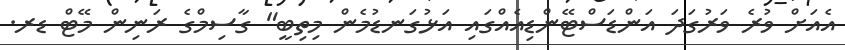
އެއަށް ވުރެ ވަރުގަދަ އަންޑަސްޓޭންޑިއެއްގައި އަޅުގަނޑުމެން މިތިބީ" ގާސިމްގެ ރަނިން މޭޓް ޑރ.